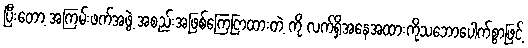
ပြီးတော့ အကြမ်းဖက်အဖွဲ့ အစည်းအဖြစ်ကြေငြာထားတဲ့ ကို လက်ရှိအနေအထားကိုသဘောပေါက်စွာဖြင့်